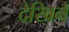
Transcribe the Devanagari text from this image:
देखिने